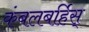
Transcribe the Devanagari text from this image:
कंबलबर्हिस्